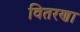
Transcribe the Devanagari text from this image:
वितरणा